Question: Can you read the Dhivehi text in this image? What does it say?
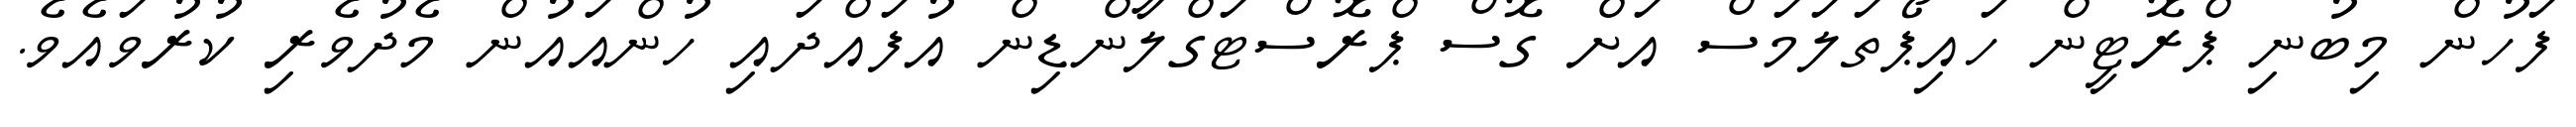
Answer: ފަހުން މިބުނި ޕްރޮޓީން ހައިޕޯތަލަމަސް އަށް ގޮސް ޕްރޮސްޓަގްލާންޑިން އުފައްދައި ހުންއައުން މެދުވެރި ކުރުވައެވެ.